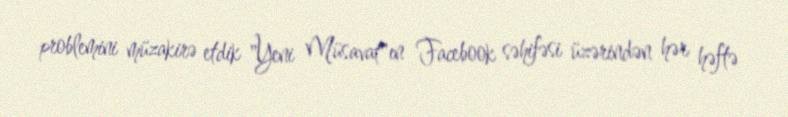
problemini müzakirə etdik "Yeni Müsavat"ın Facebook səhifəsi üzərindən hər həftə